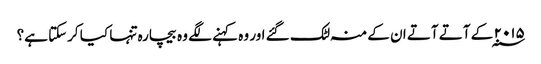
۲۰۱۵ ؁ کے آتے آتے ان کے منہ لٹک گئے اور وہ کہنے لگے وہ بیچارہ تنہا کیا کرسکتا ہے؟